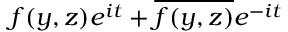
f ( y , z ) e ^ { i t } + \overline { { f ( y , z ) } } e ^ { - i t }